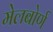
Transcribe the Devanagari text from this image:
मेलबोर्ण